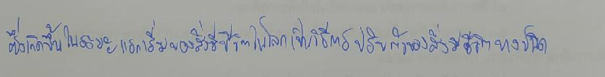
ซึ่งเกิดขึ้นในระยะแรกเริ่มของสิ่งมีชีวิตในโลกเป็นวิธีการปรับตัวของสิ่งมีชีวิตบางชนิด